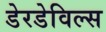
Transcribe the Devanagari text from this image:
डेरडेविल्स